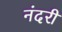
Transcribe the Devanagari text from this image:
नंदरी